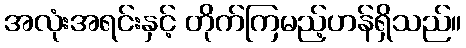
အလုံးအရင်းနှင့် တိုက်ကြမည့်ဟန်ရှိသည်။